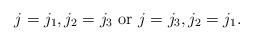
LaTeX: \begin{align*} j=j_1,j_2=j_3 \textmd{ or }j=j_3,j_2=j_1.\end{align*}